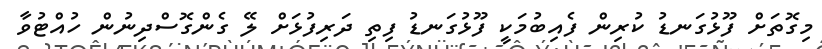
މިގޮތަށް ފޫޅުގަނޑު ކުރިން ފެއިބުމަކީ ފޫޅުގަނޑު ފިތި ދަރިފުޅަށް ލޭ ގެންގޮސްދިނުން ހުއްޓުވާ